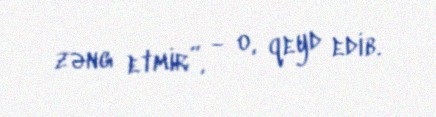
zəng etmir”, - o, qeyd edib.